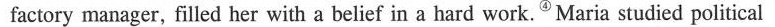
factory manager, filled her with a belief in a hard work.^{④}Maria studied political